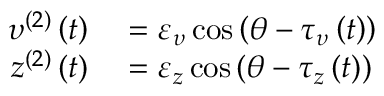
\begin{array} { r l } { \upsilon ^ { ( 2 ) } \left( t \right) } & { { } = \varepsilon _ { \upsilon } \cos \left( \theta - \tau _ { \upsilon } \left( t \right) \right) } \\ { z ^ { ( 2 ) } \left( t \right) } & { { } = \varepsilon _ { z } \cos \left( \theta - \tau _ { z } \left( t \right) \right) } \end{array}